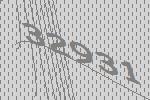
32931